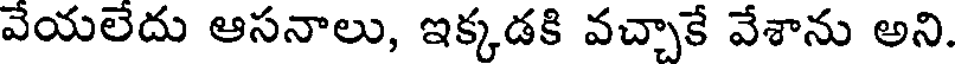
వేయలేదు ఆసనాలు, ఇక్కడకి వచ్చాకే వేశాను అని.